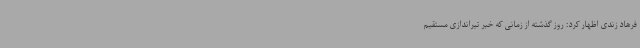
فرهاد زندی اظهار کرد: روز گذشته از زمانی که خبر تیراندازی مستقیم